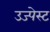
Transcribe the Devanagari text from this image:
उज्पेस्ट